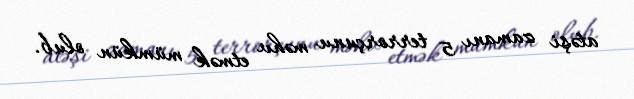
atəşi zamanı 5 terrorçunu məhv etmək mümkün olub.